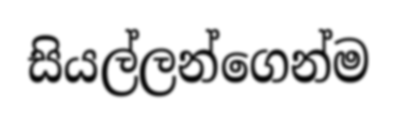
සියල්ලන්ගෙන්ම